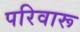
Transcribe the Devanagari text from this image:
परिवारू